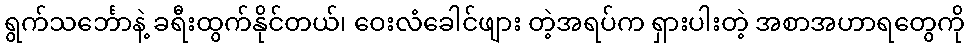
ရွက်သင်္ဘောနဲ့ ခရီးထွက်နိုင်တယ်၊ ဝေးလံခေါင်ဖျား တဲ့အရပ်က ရှားပါးတဲ့ အစာအဟာရတွေကို